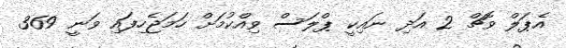
އެޕަލް ވޮޗް 2 އަދި ނައިކީ ޕްލަސް ވިއްކުމަށް ހަމަޖެހިފައި ވަނީ 369